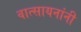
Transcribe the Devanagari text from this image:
वात्सायनांनी